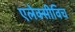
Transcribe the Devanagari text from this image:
एलेक्सीविच